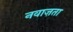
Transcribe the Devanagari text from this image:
नवाज़ता